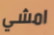
امشي